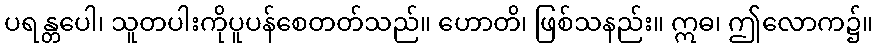
ပရန္တပေါ၊ သူတပါးကိုပူပန်စေတတ်သည်။ ဟောတိ၊ ဖြစ်သနည်း။ ဣဓ၊ ဤလောက၌။